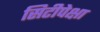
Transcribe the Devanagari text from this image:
सिटीपेक्षा